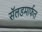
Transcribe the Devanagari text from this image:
सॅलडमार्फत